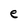
Character: e